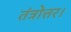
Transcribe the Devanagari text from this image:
तंत्रोत्तर।